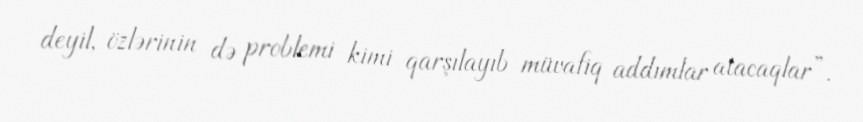
deyil, özlərinin də problemi kimi qarşılayıb müvafiq addımlar atacaqlar”.